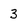
Character: 3